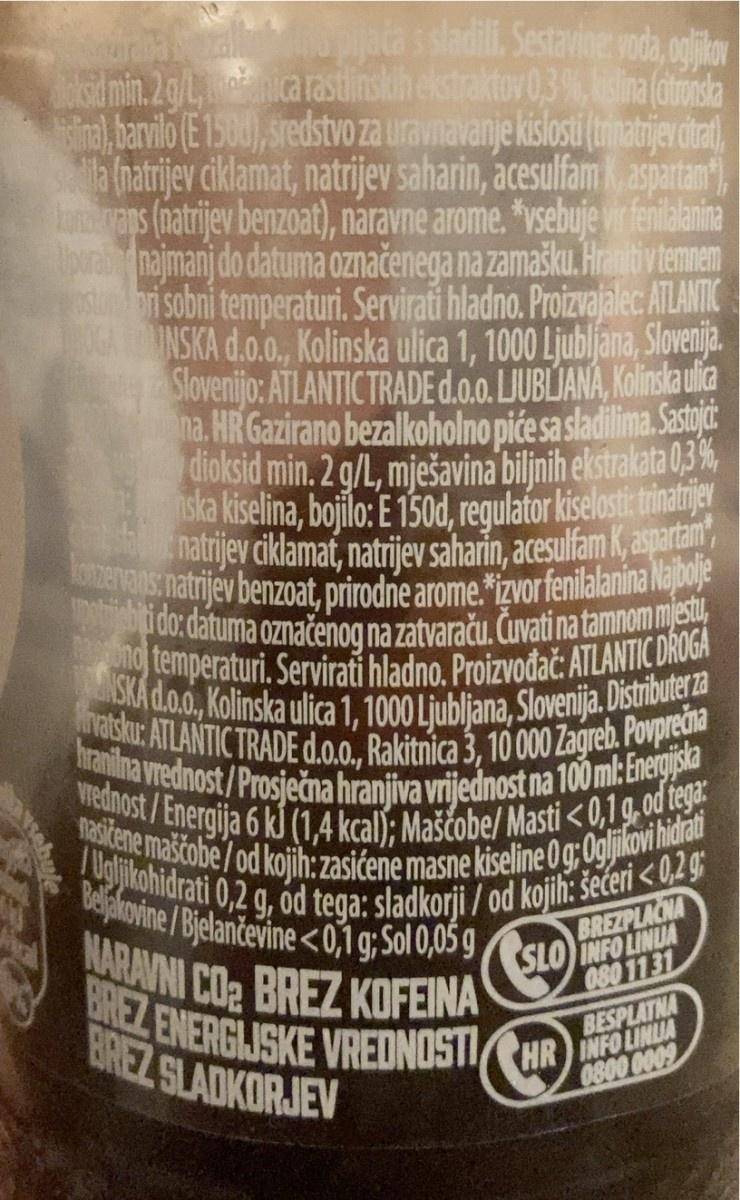
pijača s sladili. Sestavine: voda, ogljikov Asumin. 2 g/L, ca rastlinskih ekstraktov 0,3%, kislina (citronska slina), barvilo (E 1500), sredstvo za uravnavanje kislosti (trinatrijev citrat), la (natrijev ciklamat, natrijev saharin, acesulfam K, aspartam*), konzervans (natrijev benzoat), naravne arome. *vsebuje vir fenilalanina Uporabo najmanj do datuma označenega na zamašku. Hraniti v temnem stori sobni temperaturi. Servirati hladno. Proizvajalec: ATLANTIC OGA TOMINSKA d.o.o., Kolinska ulica 1, 1000 Ljubljana, Slovenija. Slovenijo: ATLANTIC TRADE d.o.o. LJUBLJANA, Kolinska ulica na. HR Gazirano bezalkoholno piće sa sladilima. Sastojc dioksid min. 2 g/L, mješavina biljnih ekstrakata 0,3%, ska kiselina, bojilo: E 150d, regulator kiselosti: trinatrijev natrijev ciklamat, natrijev saharin, acesulfam K, aspartam konzervans: natrijev benzoat, prirodne arome.*izvor fenilalanina Najbolje upotrebiti do: datuma označenog na zatvaraču. Čuvati na tamnom mjestu, no temperaturi. Servirati hladno. Proizvođač: ATLANTIC DROGA NSKA d.o.o., Kolinska ulica 1, 1000 Ljubljana, Slovenija. Distributer za Hrvatsku: ATLANTIC TRADE d.o.o., Rakitnica 3, 10 000 Zagreb. Povprečna vrednost/Energija 6 kJ (1,4 kcal); Maščobe/ Masti <0,1 g, od tega: hranilna vrednost/Prosječna hranjiva vrijednost na 100 ml: Energijska nasičene maščobe/ od kojih: zasićene masne kiseline 0 g Ogljikovi hidrati Beljakovine/Bjelančevine<0,1 g; Sol 0,05 g Ugljikohidrati 0,2 g, od tega: sladkorji / od kojih: šećeri <0,2 g NARAVNI CO₂ BREZ KOFEINA BREZ ENERGLISKE VREDNOSTI HR BREZ SLADKORJEV
BREZPLAČNA SLO INFO LINUA 080 1131
BESPLATNA
0800 0009